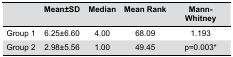
|  | Mean±SD | Median | Mean Rank | Mann-Whitney |
 | --- | --- | --- | --- | --- |
 | Group 1 | 6.25±6.60 | 4.00 | 68.09 | 1.193 |
 | Group 2 | 2.98±5.56 | 1.00 | 49.45 | p=0.003* |